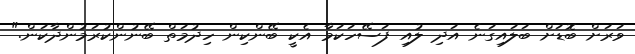
ވަރަށް ބޮޑަށް ބަލައިގަނެ އަދި ލުއި ފަސޭހަކަމާ އެކީ ބޭންކިން ހިދުމަތް ބޭނުންކުރަމުންދާކަން."